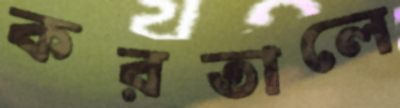
করতালে